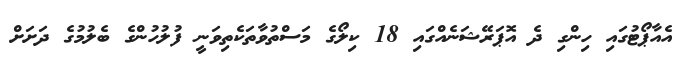
އެއާޕޯޓުގައި ހިންގި ދެ އޮޕަރޭޝަނެއްގައި 18 ކިލޯގެ މަސްތުވާތަކެތިވަނީ ފުލުހުންގެ ބެލުމުގެ ދަށަށް